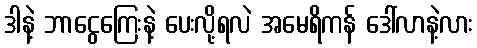
ဒါနဲ့ ဘာငွေကြေးနဲ့ ပေးလို့ရလဲ အမေရိကန် ဒေါ်လာနဲ့လား